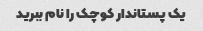
یک پستاندار کوچک را نام ببرید